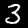
Digit: 3